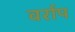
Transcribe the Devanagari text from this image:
वर्राप